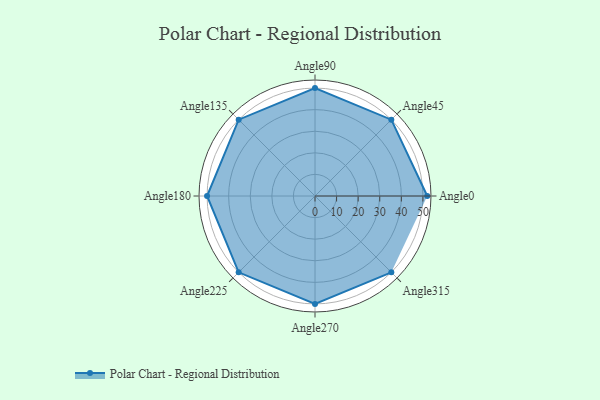
{"axis": {"x": "Angle", "y": "Radius"}, "legend": [""], "data": [{"x": "Angle0", "y": 52.0, "type": ""}, {"x": "Angle45", "y": 50, "type": ""}, {"x": "Angle90", "y": 50, "type": ""}, {"x": "Angle135", "y": 50, "type": ""}, {"x": "Angle180", "y": 50, "type": ""}, {"x": "Angle225", "y": 50, "type": ""}, {"x": "Angle270", "y": 50, "type": ""}, {"x": "Angle315", "y": 50, "type": ""}]}